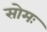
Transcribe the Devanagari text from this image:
सोमः